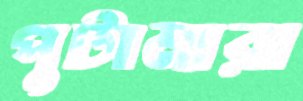
পুটামারা